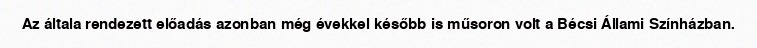
Az általa rendezett előadás azonban még évekkel később is műsoron volt a Bécsi Állami Színházban.